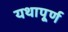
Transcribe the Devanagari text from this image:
यथापूर्ण